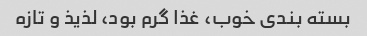
بسته بندی خوب، غذا گرم بود، لذیذ و تازه